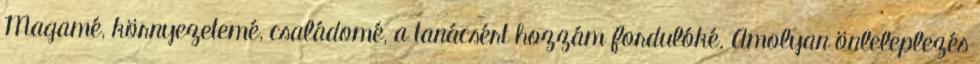
Magamé, környezetemé, családomé, a tanácsért hozzám fordulóké. Amolyan önleleplezés